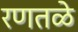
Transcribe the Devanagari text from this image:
रणतळे